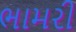
ભામરી